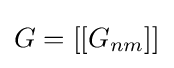
G=[[G_{nm}]]